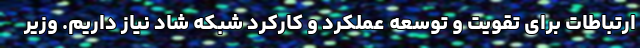
ارتباطات برای تقویت و توسعه عملکرد و کارکرد شبکه شاد نیاز داریم. وزیر